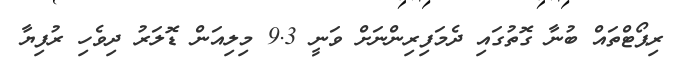
ރިޕޯޓްތައް ބުނާ ގޮތުގައި ދެމަފިރިންނަށް ވަނީ 9.3 މިލިއަން ޑޮލަރު ދިވެހި ރުފިޔާ